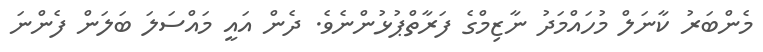
މެންބަރު ކާނަލް މުހައްމަދު ނާޒިމްގެ ފަރާތްޕުޅުންނެވެ. ދެން އައީ މައްސަލަ ބަލަން ފެންނަ